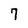
Character: 7